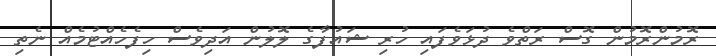
ރޮމުންރޮމުން ގޮސް ރަތްވެ ދުޅަވެފައި ހުރި ޝައުފާގެ ލޮލުން އަދިވެސް ހިފެހެއްޓުމެއް ނެތި